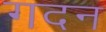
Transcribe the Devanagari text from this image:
गदन